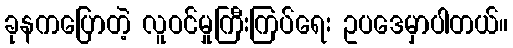
ခုနကပြောတဲ့ လူဝင်မှုကြီးကြပ်ရေး ဥပဒေမှာပါတယ်။